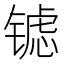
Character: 𮣶